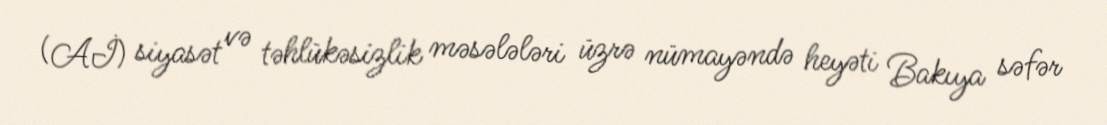
(Aİ) siyasət və təhlükəsizlik məsələləri üzrə nümayəndə heyəti Bakıya səfər